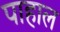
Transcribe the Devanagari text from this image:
पाहाल